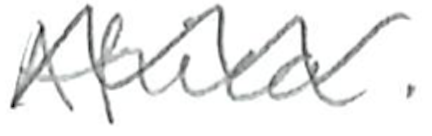
Text: Africa.
Cross-out: wave
Writing tool: pencil